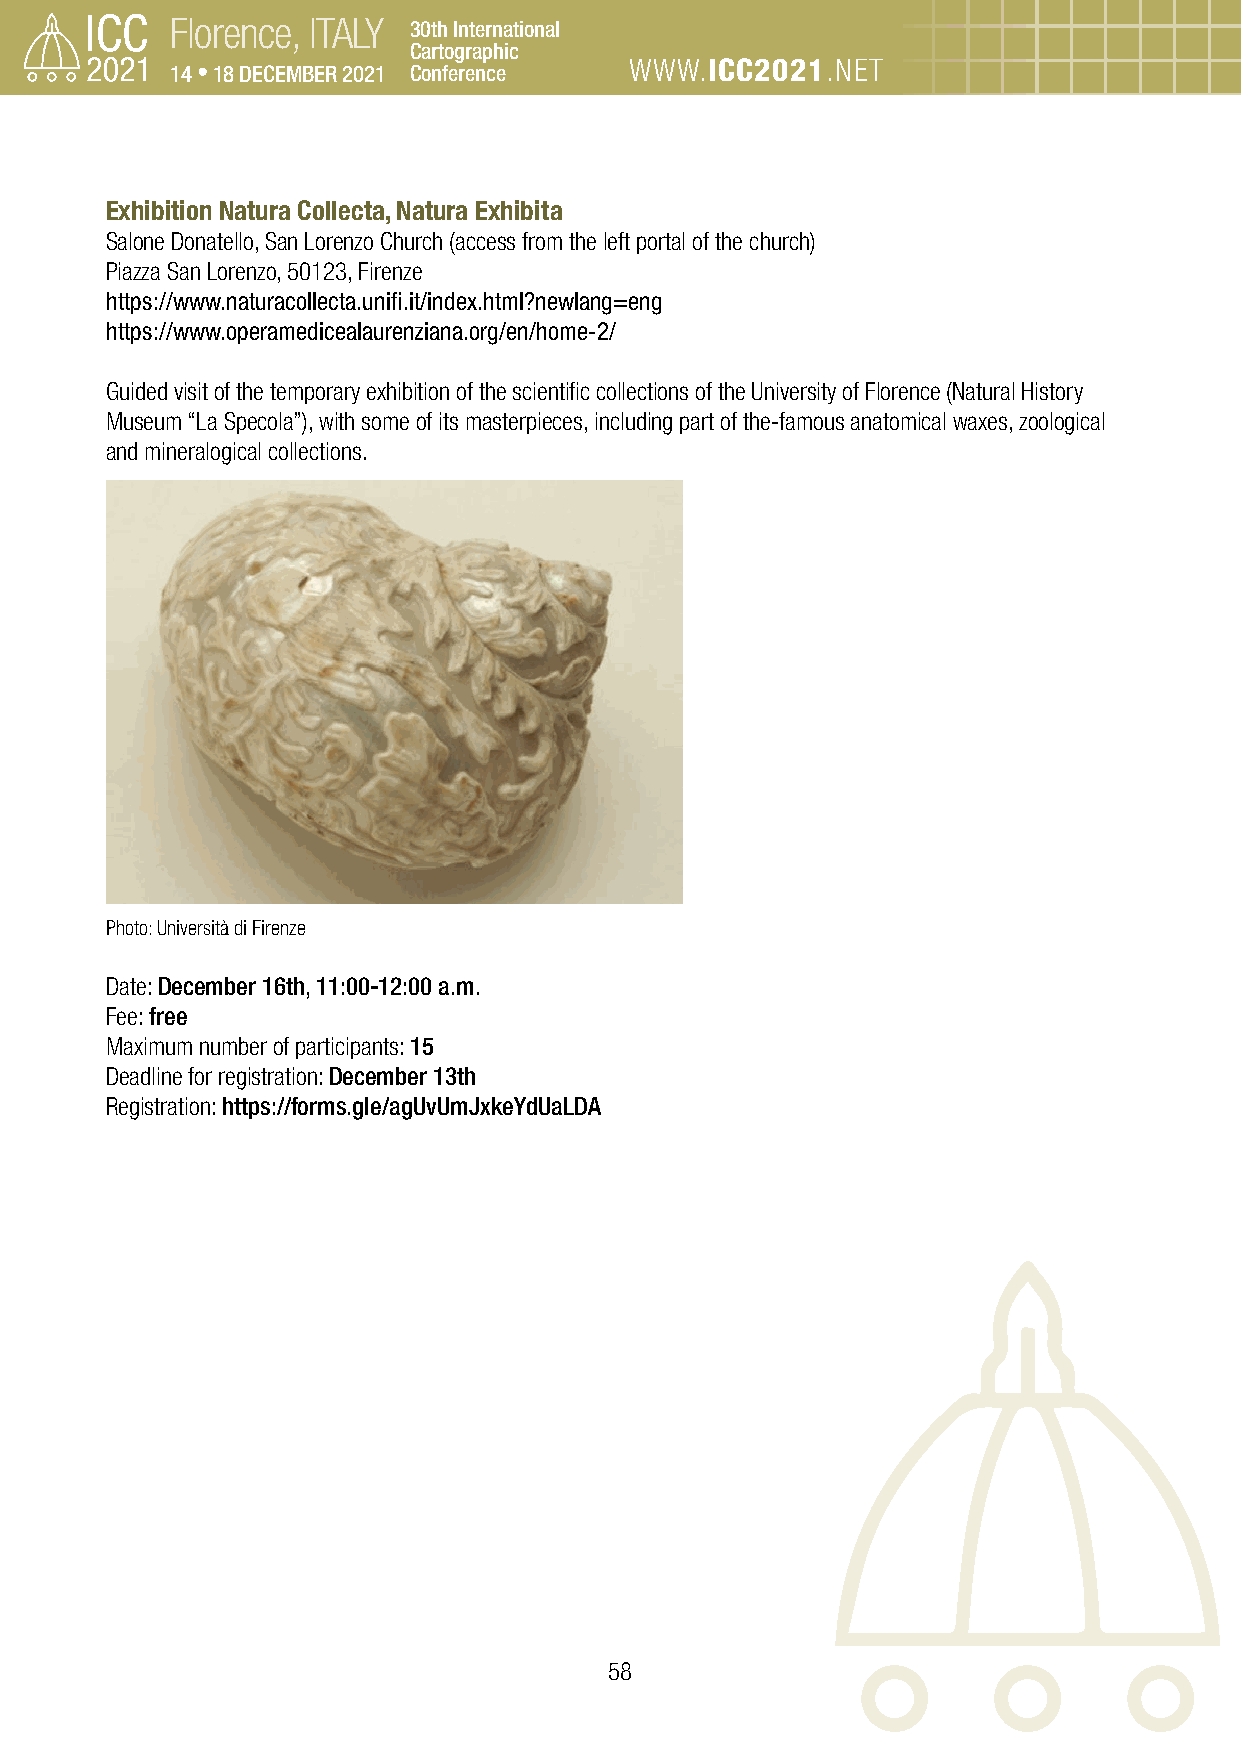
Florence, ITALY 30th International
 Cartographic
 14 • 18 DECEMBER 2021 Conference WWW.ICC2021.NET
 Exhibition Natura Collecta, Natura Exhibita
 Salone Donatello, San Lorenzo Church (access from the left portal of the church)
 Piazza San Lorenzo, 50123, Firenze
 https://www.naturacollecta.unifi.it/index.html?newlang=eng
 https://www.operamedicealaurenziana.org/en/home-2/
 Guided visit of the temporary exhibition of the scientific collections of the University of Florence (Natural History
 Museum “La Specola”), with some of its masterpieces, including part of the-famous anatomical waxes, zoological
 and mineralogical collections.
 Photo: Università di Firenze
 Date: December 16th, 11:00-12:00 a.m.
 Fee: free
 Maximum number of participants: 15
 Deadline for registration: December 13th
 Registration: https://forms.gle/agUvUmJxkeYdUaLDA
 58